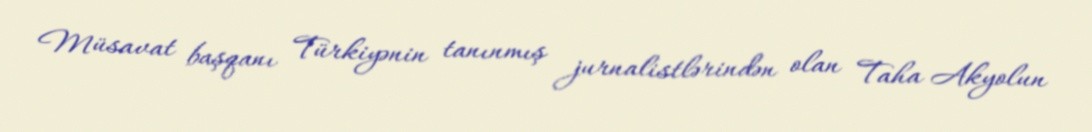
Müsavat başqanı Türkiyənin tanınmış jurnalistlərindən olan Taha Akyolun